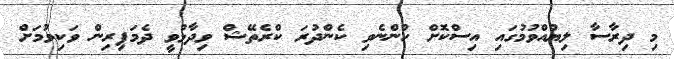
މި ދިރާސާ ލިޔުއްވުމުގައި އިސްކޮށް ހުންނެވި ކެންދުރަ ކްރެތޭޝް ވިދާޅުވީ ދެމަފިރިން ވަކިވުމަށް